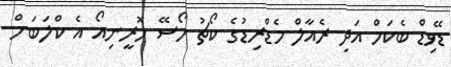
ޑޭވިޑް ބެކަމް އަދި ރެއާލް މެޑްރިޑުގެ ކޯޗު ހޯސޭ މޮރީނިއޯ އެ ކްލަބަށް